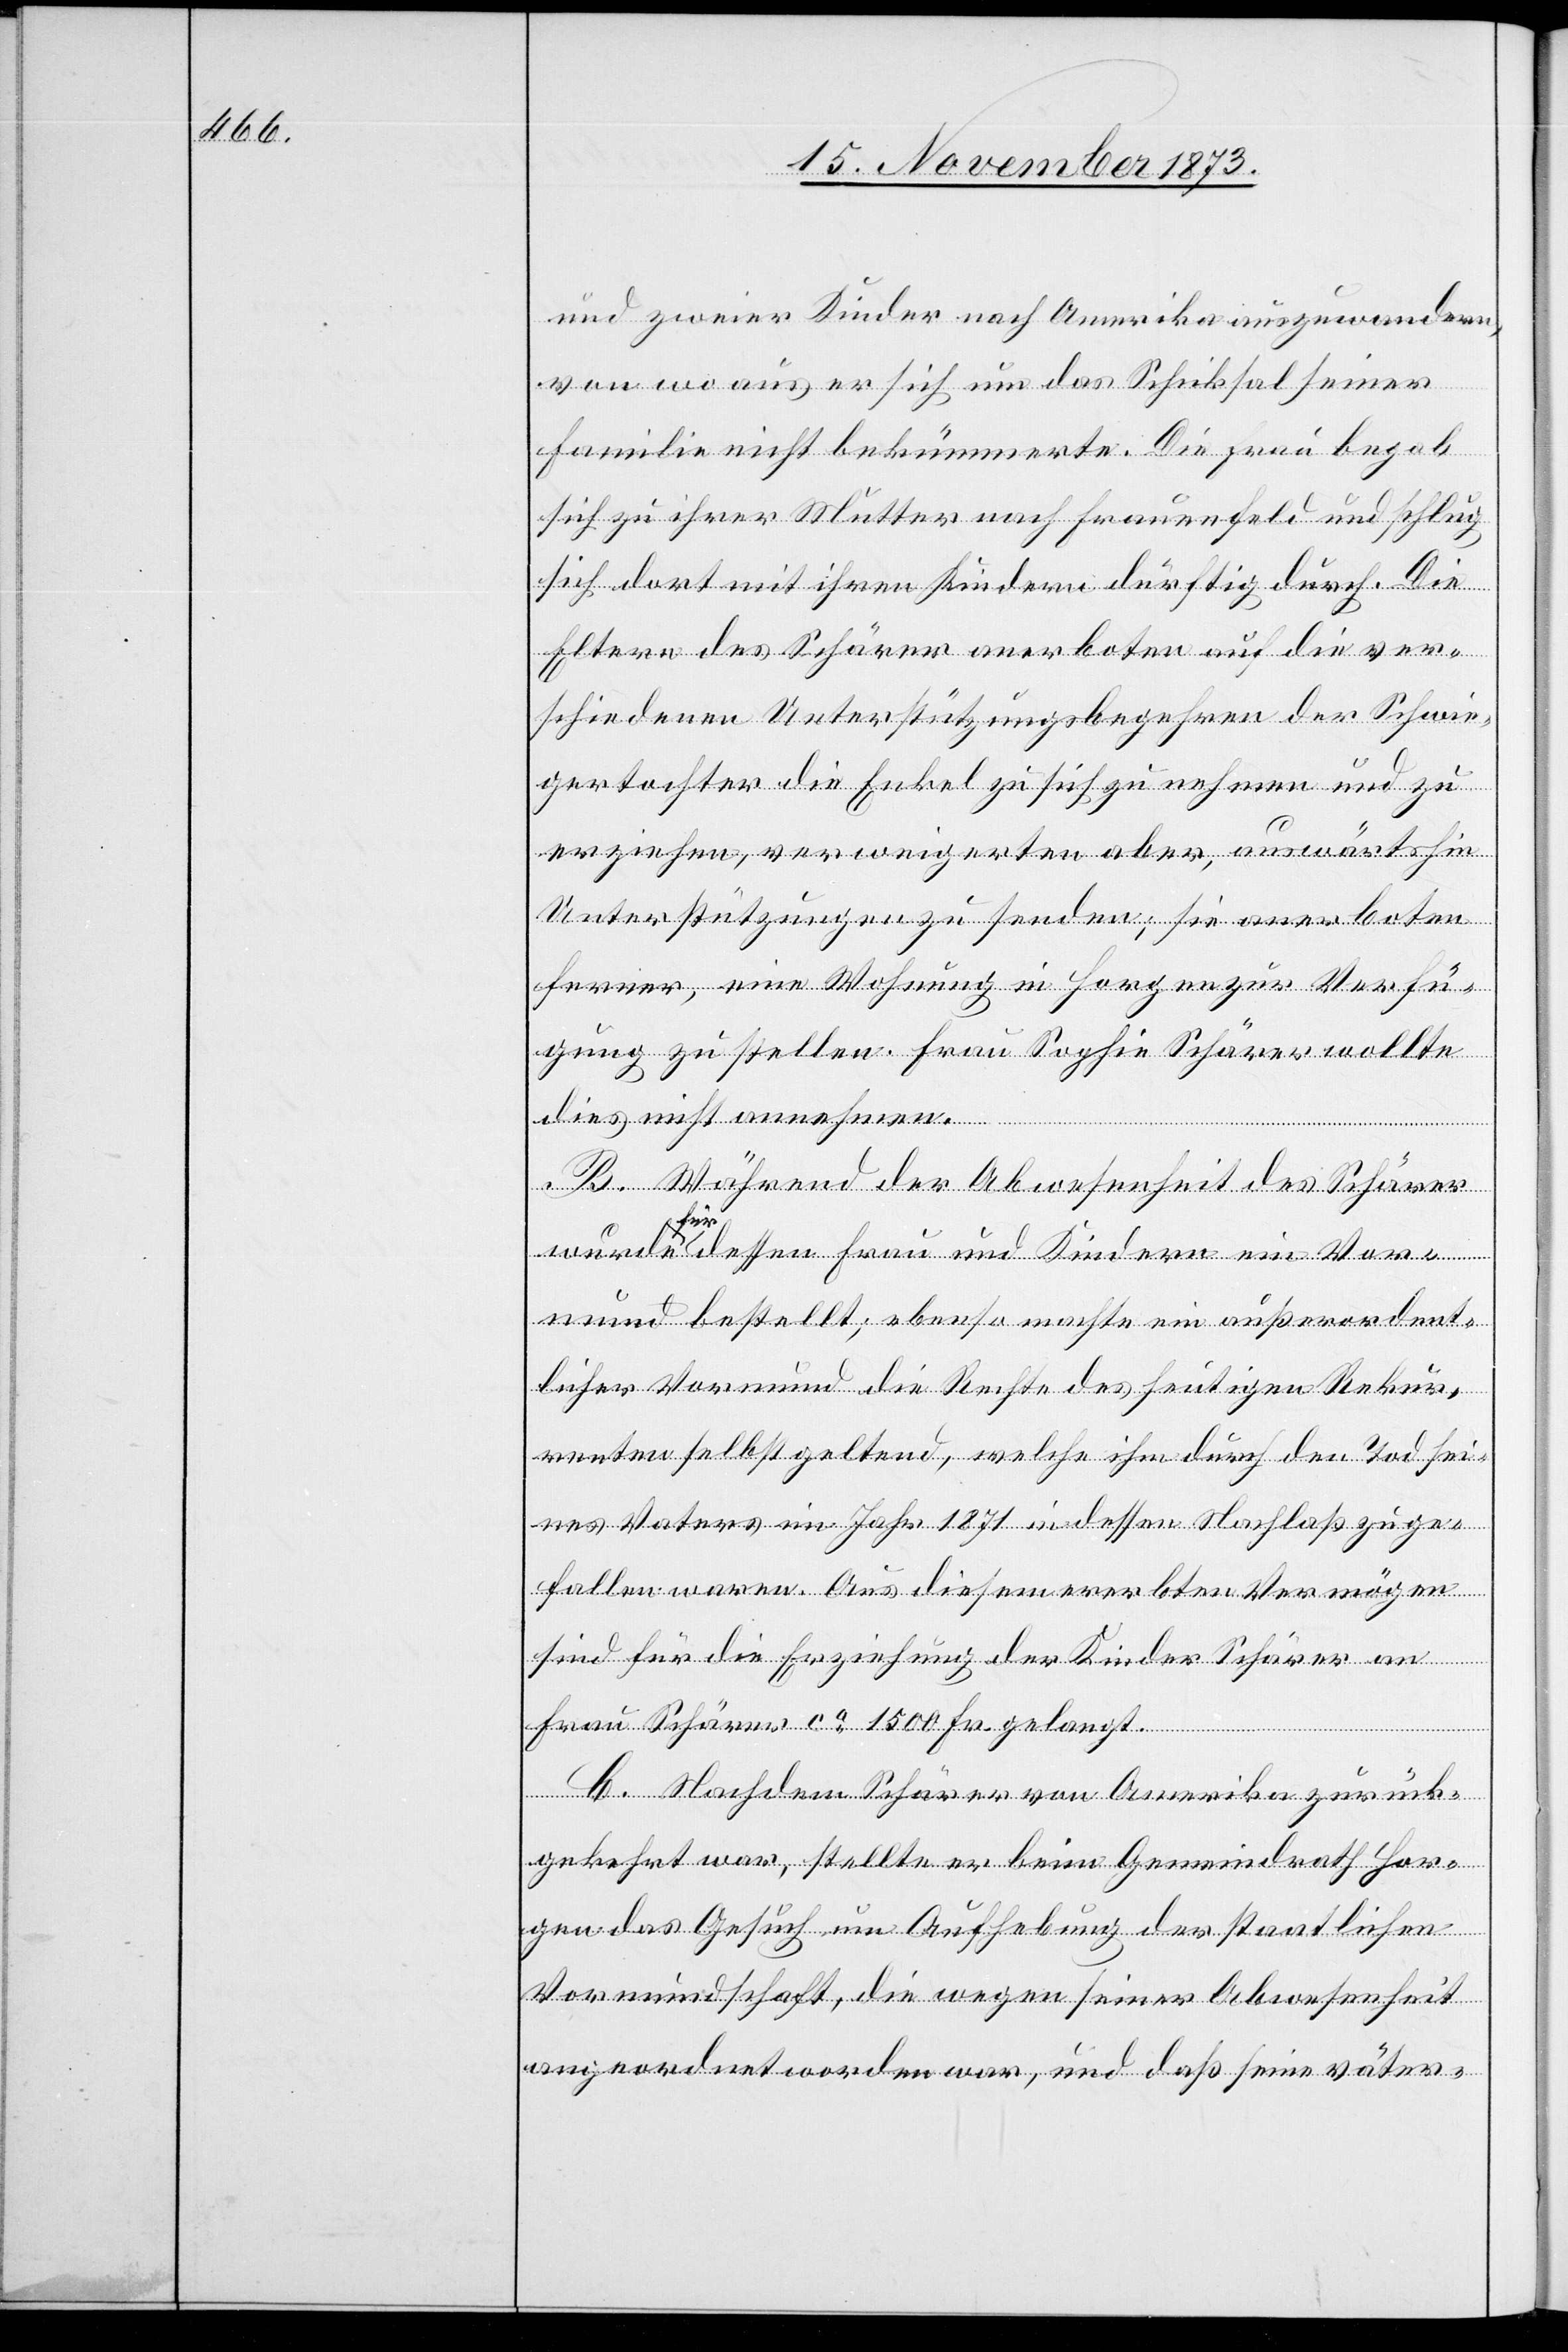
und zweier Kinder nach Amerika auszuwandern,
von wo aus er sich um das Schicksal seiner
Familie nicht bekümmerte. Die Frau begab
sich zu ihrer Mutter nach Frauenfeld und schlug
sich dort mit ihren Kindern dürftig durch. Die
Eltern des Schärer anerboten auf die ver¬
schiedenen Unterstützungsbegehren der Schwie¬
gertochter die Enkel zu sich zu nehmen und zu
erziehen, verweigerten aber, auswärtshin
Unterstützungen zu senden; sie anerboten
ferner, eine Wohnung in Horgen zur Verfü¬
gung zu stellen. Frau Sophie Schärer wollte
dies nicht annehmen.
B. Während der Abwesenheit des Schärer
wurde für dessen Frau und Kindern ein Vor¬
mund bestellt; ebenso machte ein außerordent¬
licher Vormund die Rechte des heutigen Rekur¬
renten selbst geltend, welche ihm durch den Tod sei¬
nes Vaters im Jahr 1871 in dessen Nachlaß zuge¬
fallen waren. Aus diesem ererbten Vermögen
sind für die Erziehung der Kinder Schärer an
Frau Schärer ca 1 500 Fr. gelangt.
C. Nachdem Schärer von Amerika zurück¬
gekehrt war, stellte er beim Gemeindrath Hor¬
gen das Gesuch um Aufhebung der staatlichen
Vormundschaft, die wegen seiner Abwesenheit
angeordnet worden war, und daß seine väter-